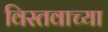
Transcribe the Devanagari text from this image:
विस्तवाच्या